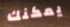
يمكنك